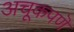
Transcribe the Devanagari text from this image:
अचूकपणॆ